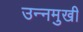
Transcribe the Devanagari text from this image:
उन्‍नमुखी